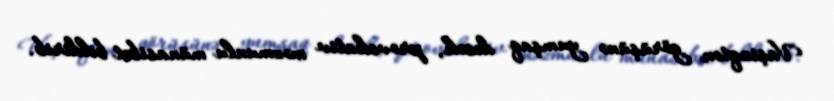
Vaşinqton görüşünə yumşaq desək, provokativ məzmunlu münasibət bildirib.